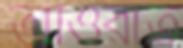
আওরাত